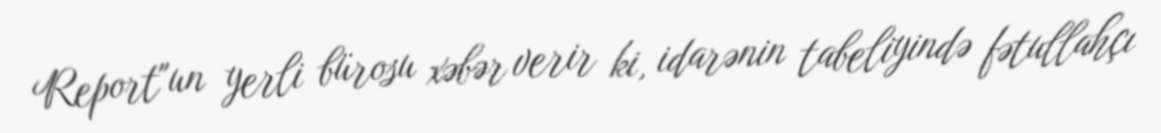
Report"un yerli bürosu xəbər verir ki, idarənin tabeliyində fətullahçı